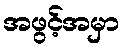
အဖွင့်အမှာ